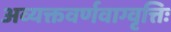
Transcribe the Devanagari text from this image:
अव्यक्तवर्णवाग्वृत्तिः